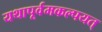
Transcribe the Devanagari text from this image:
यथापूर्वमकल्पयत्